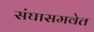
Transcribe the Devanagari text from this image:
संघासमवेत